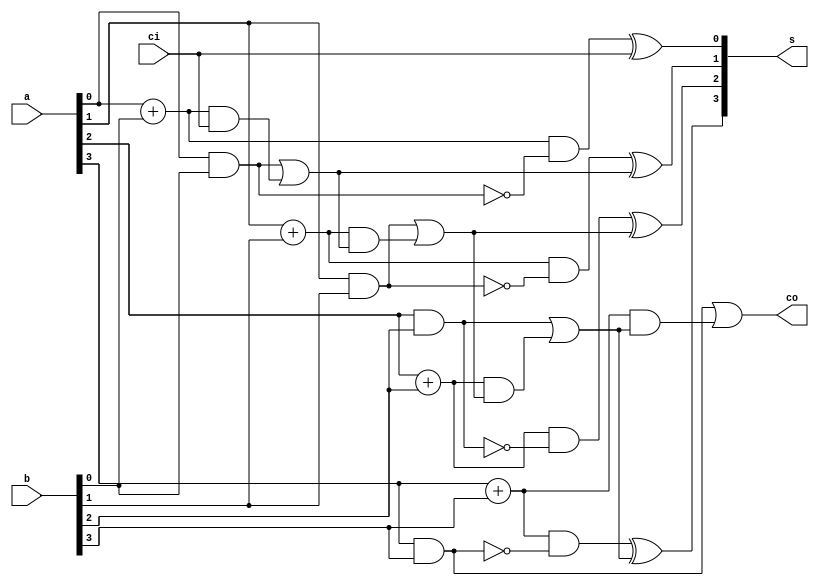
module adder_4bits(a, b, ci, s, co);
		
		input[3:0] a, b;
		input ci;
		output[3:0] s;
		output co;
		
		wire P0, P1, P2, P3;
		wire G0, G1, G2, G3;
		wire c0, c1, c2, c3;
		
		assign P0 = a[0] + b[0];
		assign P1 = a[1] + b[1];
		assign P2 = a[2] + b[2];
		assign P3 = a[3] + b[3];
		
		assign G0 = a[0] && b[0];
		assign G1 = a[1] && b[1];
		assign G2 = a[2] && b[2];
		assign G3 = a[3] && b[3];
		
		assign c0 = G0 || P0  && ci;
		assign c1 = G1 || P1  && c0;
		assign c2 = G2 || P2  && c1;
		assign c3 = G3 || P3  && c2;
		
	  assign s[0] = (P0 && !G0) ^ ci;
	  assign s[1] = (P1 && !G1) ^ c0;
	  assign s[2] = (P2 && !G2) ^ c1;
	  assign s[3] = (P3 && !G3) ^ c2;
	  assign co = c3;
endmodule